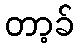
တာ့ခ်